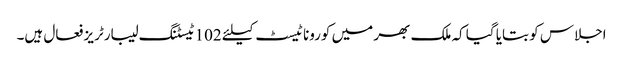
اجلاس کو بتایا گیا کہ ملک بھر میں کورونا ٹیسٹ کیلئے 102 ٹیسٹنگ لیبارٹریز فعال ہیں۔